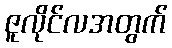
ဇူလိုင်လအတွက်